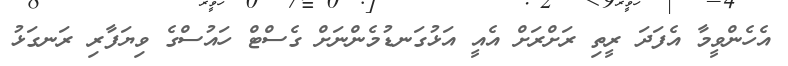
އެހެންވީމާ އެފަދަ ރީތި ރަށްރަށް އެއީ އަޅުގަނޑުމެންނަށް ގެސްޓް ހައުސްގެ ވިޔަފާރި ރަނގަޅު